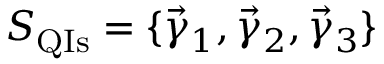
S _ { \mathrm { Q I s } } = \{ \vec { \gamma } _ { 1 } , \vec { \gamma } _ { 2 } , \vec { \gamma } _ { 3 } \}